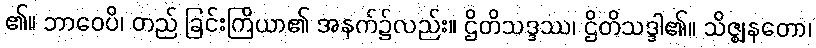
၏။ ဘာဝေပိ၊ တည် ခြင်းကြိယာ၏ အနက်၌လည်း။ ဌိတိသဒ္ဒဿ၊ ဌိတိသဒ္ဒါ၏။ သိဇ္ဈနတော၊